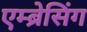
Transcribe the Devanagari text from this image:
एम्ब्रेसिंग